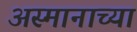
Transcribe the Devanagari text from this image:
अस्मानाच्या